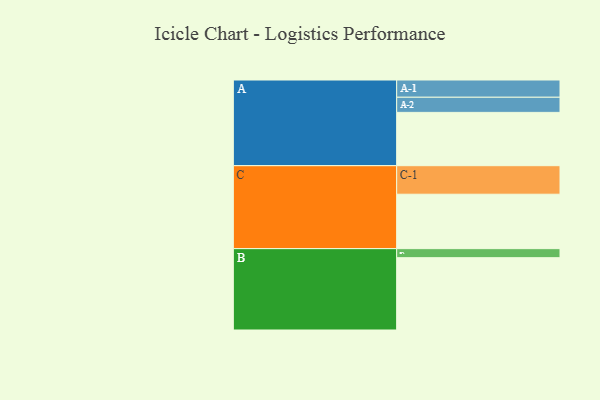
{"axis": {"x": "Segment", "y": "Value"}, "legend": ["", "A", "B", "C"], "data": [{"x": "A", "y": 331, "type": ""}, {"x": "B", "y": 449, "type": ""}, {"x": "C", "y": 338, "type": ""}, {"x": "A-1", "y": 107, "type": "A"}, {"x": "A-2", "y": 94, "type": "A"}, {"x": "B-1", "y": 56, "type": "B"}, {"x": "C-1", "y": 177, "type": "C"}]}